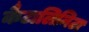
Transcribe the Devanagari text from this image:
कैटालिनिटा